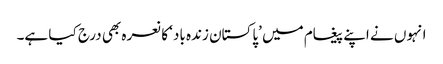
انہوں نے اپنے پیغام میں ’پاکستان زندہ باد‘ کا نعرہ بھی درج کیا ہے۔